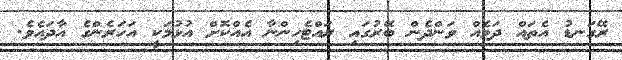
ރޭގަނޑު އެތައް ދަމެއް ވަންދެން ބޭރުގައި ރައްޓެހިންނާ އެއްކޮށް އުޅުމަކީ އަހަރެންގެ އާދައެވެ.